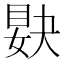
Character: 𥆸